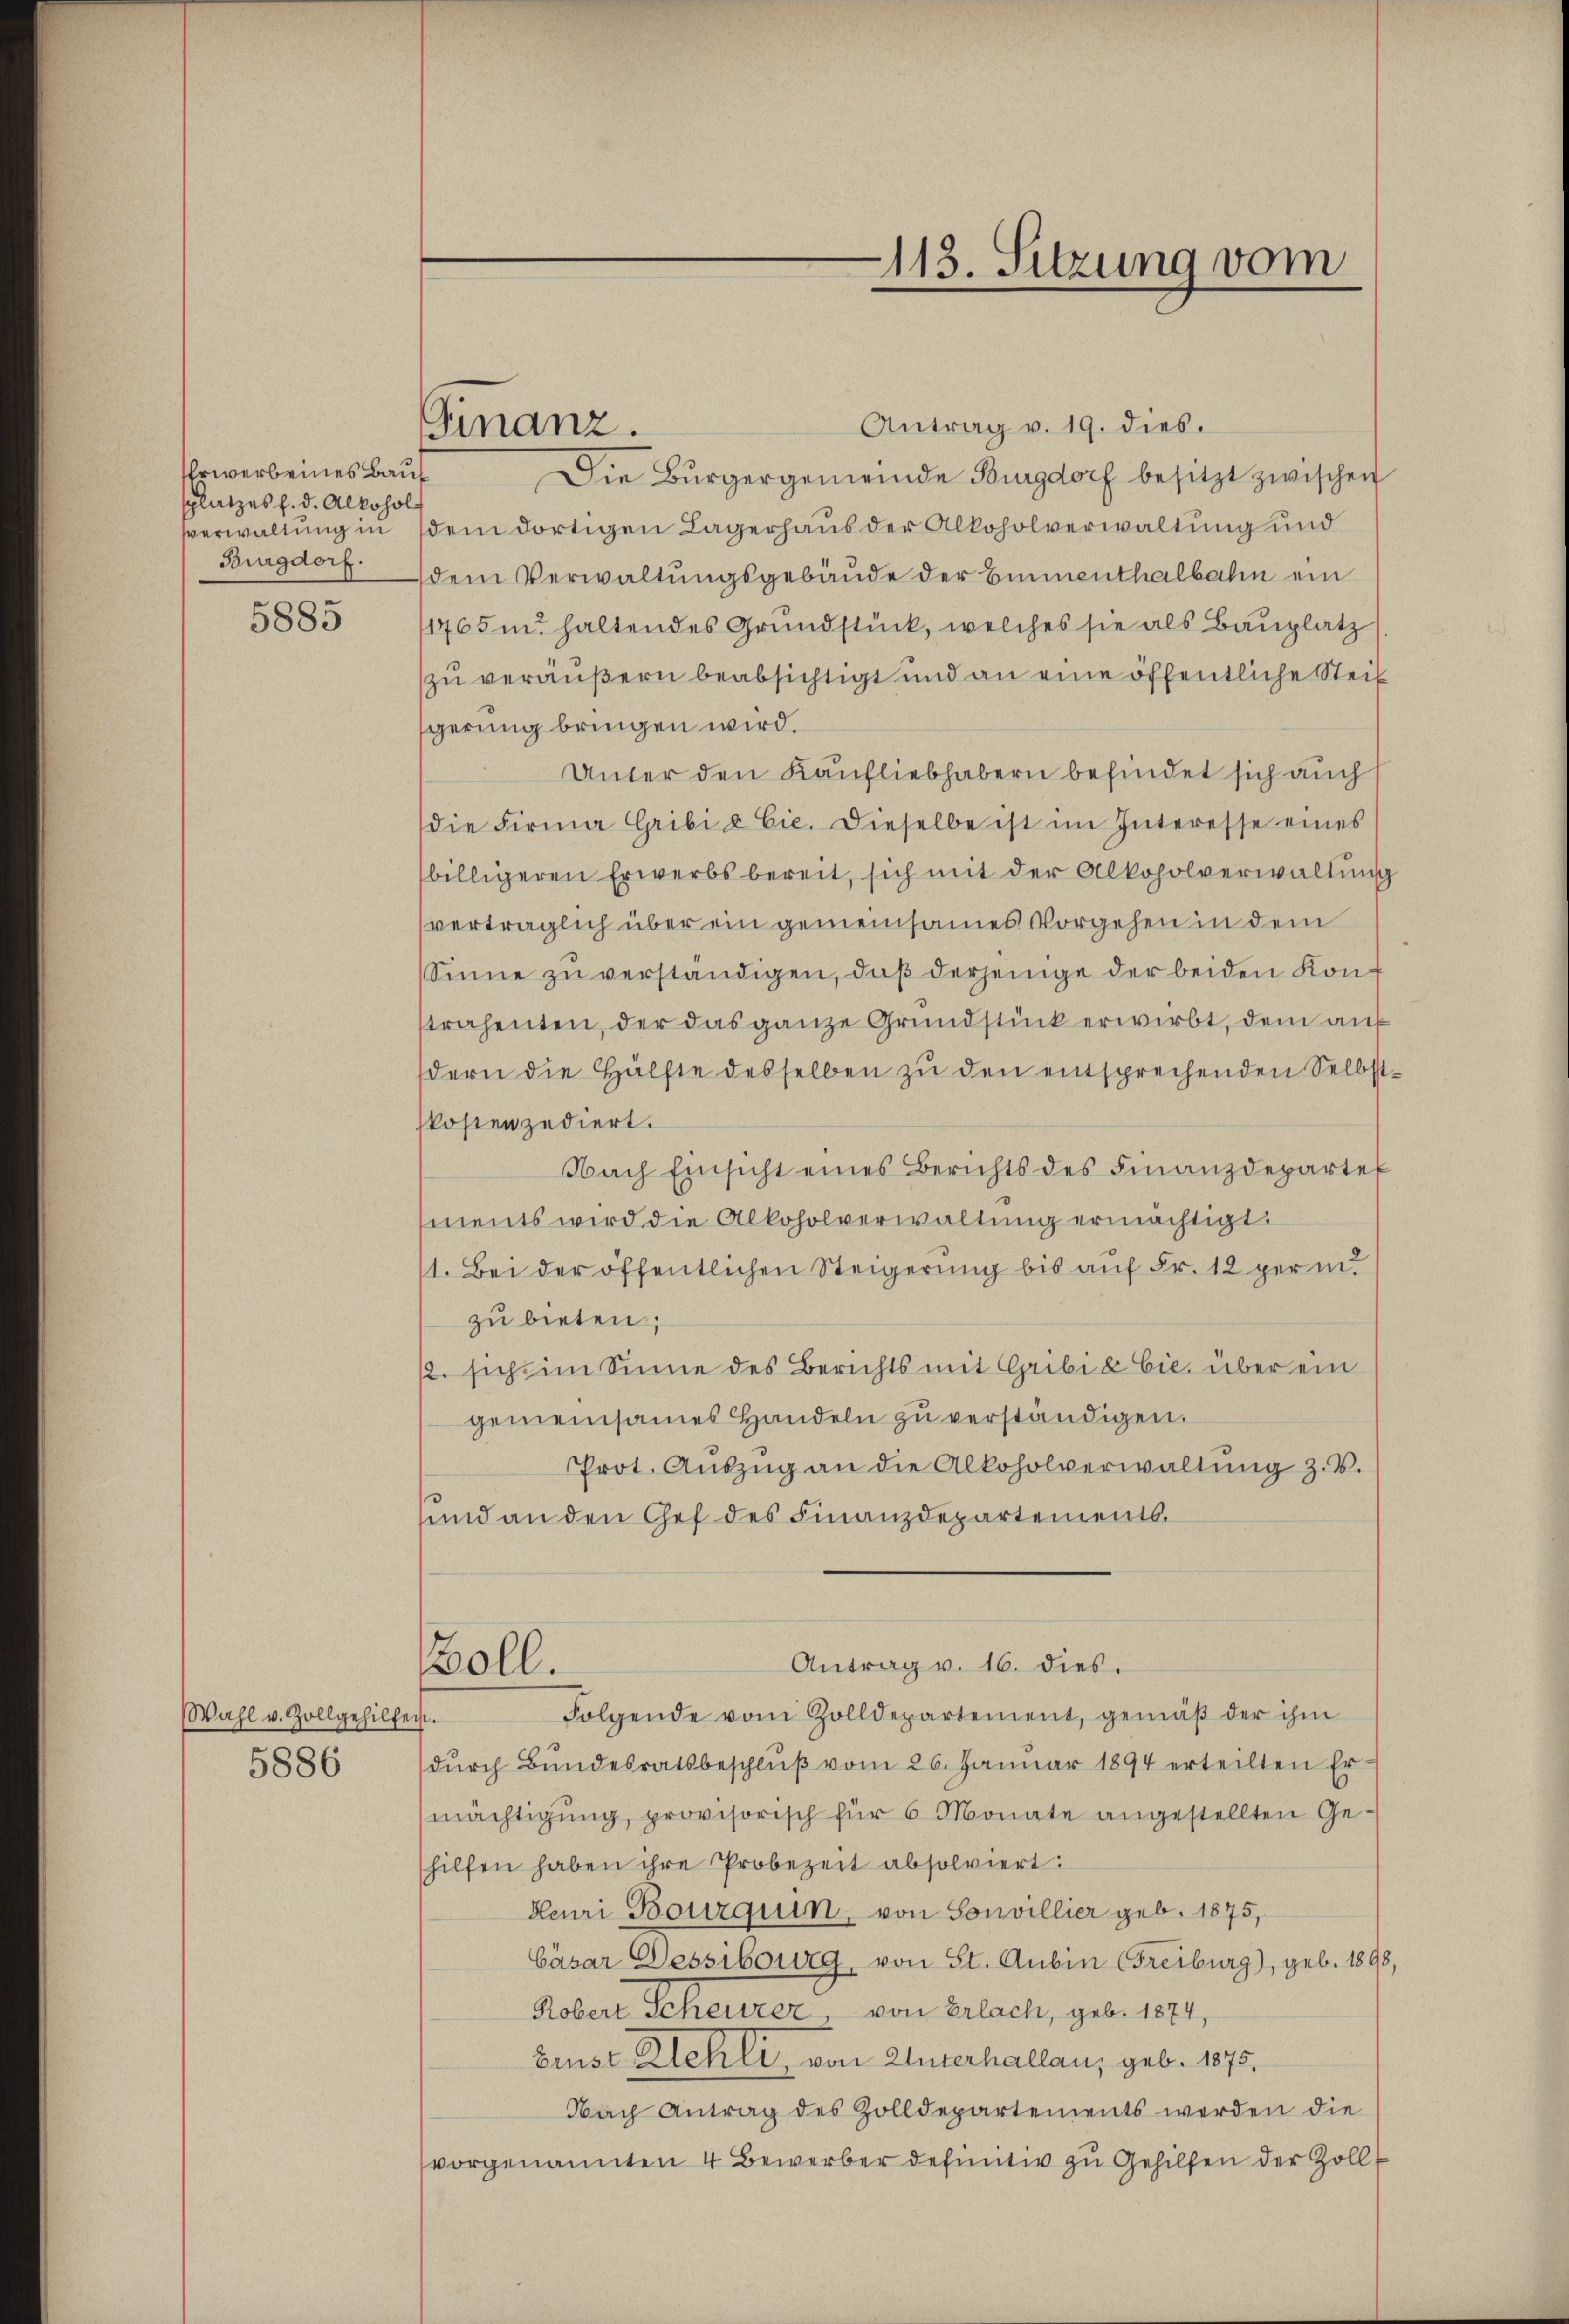
Erwerb eines Baus
splatzes h. d. Alkohol
Burgdorf.

5885

Wahl v. Zollgehilfen.
5886

Antrag v. 19. dies.
Die Bürgergemeinde Burgdorf besitzt zwischen
verwaltung in dem dortigen Lagerhaus der Alkoholverwaltung und
dem Verwaltungsgebäude der Eimenthalbahn ein
11765 u. haltendes Grundstück, welches sie als Bauplatz
zu veräußern beabsichtigt und an eine öffentliche Steigerung bringen wird.
Unter den Kaufliebhabern befindet sich auch
die Firma Gribi & Cie. Dieselbe ist im Interesse eines
billigeren Erwerbsbereit, sich mit der Alkoholverwaltung
verträglich über ein gemeinsames Vorgehen in dem
Sinne zu verständigen, daß derjenige der beiden Konstrahenten, der das ganze Grundstück erwirbt, dem auf
dern die Hälfte desselben zu den entsprechenden Selbstskosten zudiert.
Nach Einsicht eines Berichts des Finanzdepartet
ments wird die Alkoholverwaltung ermächtigt.
1. Bei der öffentlichen Steigerung bis auf Fr. 12 per i
zu bieten;
/2. sich im Sinne des Berichts mit Gribie Cie, über ein
gemeinsames Handeln zu verständigen.
PProt. Aŭszŭg an die Alkoholverwaltŭng z. B.
sund an den Chef des Finanzdepartementl.
Antrag v. 16. dies.
Boll.
Folgende vom Zolldepartement, gemäβ der ihm
dŭrch Bŭndesratsbeschlŭβ vom 26. Janŭar 1894 erteilten Er-
mächtigung, provisorisch für 6 Monate angestellten Gehilfen haben ihre Probezeit absolviert:
Heuri Bourquin, von Sonvillier geb. 1875,
Cäsar Dessibourg, von St. Aubin (Freiburg), geb. 1898,
Kobert Scheurer, von Erlach, geb. 1874,
benst Kehli, von Unterhallau, geb. 1875.
Nach Antrag des Zolldepartements werden die
vorgenannten 4 Bewerber definitiv zu Gehilfen der Zoll¬

Finanz.

113. Sitzung vom